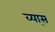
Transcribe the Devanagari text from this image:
व्या्स